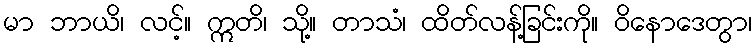
မာ ဘာယိ၊ လင့်။ ဣတိ၊ သို့။ တာသံ၊ ထိတ်လန့်ခြင်းကို။ ဝိနောဒေတွာ၊